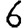
Digit: 6